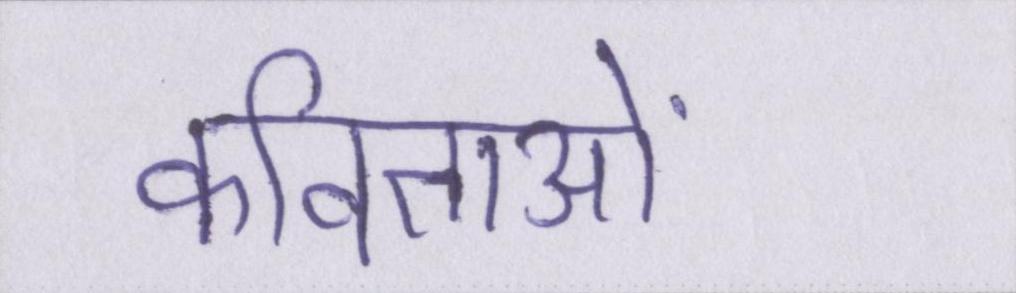
कविताओं